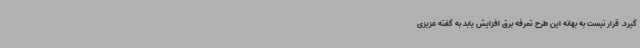
گیرد. قرار نیست به بهانه این طرح تعرفه برق افزایش یابد به گفته عزیزی